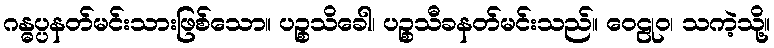
ဂန္ဓပ္ပနတ်မင်းသားဖြစ်သော။ ပဉ္စသိခေါ၊ ပဉ္စသီခနတ်မင်းသည်။ ဝေဠုဝ၊ သကဲ့သို့။